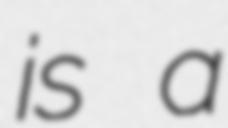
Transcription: is a